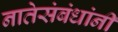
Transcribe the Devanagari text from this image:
नातेसंबंधांनी